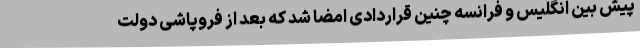
پیش بین انگلیس و فرانسه چنین قراردادی امضا شد که بعد از فروپاشی دولت